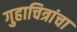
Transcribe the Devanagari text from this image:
गुहाचित्रांचा